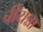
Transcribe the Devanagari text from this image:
चीयन्ना